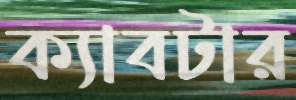
ক্যাবটার